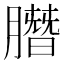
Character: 䐶